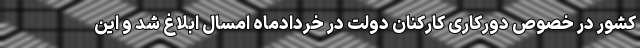
کشور در خصوص دورکاری کارکنان دولت در خردادماه امسال ابلاغ شد و این